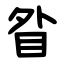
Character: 䀤